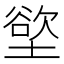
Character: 𫮟